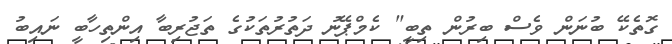
ގޮތެކޭ ބުނަން ވެސް ބިރުން ތިބީ" ކެމްޕޭނު ދަތުރުތަކުގެ ތަޖުރިބާ އިންތިހާބީ ނައިބު